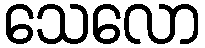
သေလော